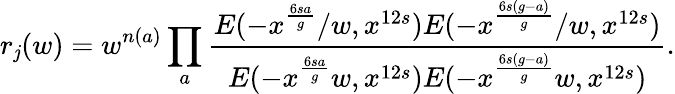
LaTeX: r_{\mathit{j}}(w)=w^{n(a)}\prod_{a}\frac{{E(-x^{\frac{{6sa}}{{g}}}/w,x^{12s})E(-x^{\frac{{6s(g-a)}}{{g}}}/w,x^{12s})}}{{E(-x^{\frac{{6sa}}{{g}}}w,x^{12s})E(-x^{\frac{{6s(g-a)}}{{g}}}w,x^{12s})}}.